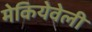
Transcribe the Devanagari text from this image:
मेकियेवेली